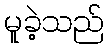
မူခဲ့သည်